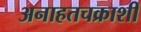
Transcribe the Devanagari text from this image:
अनाहतचक्राशी